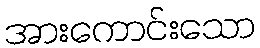
အားကောင်းသော